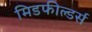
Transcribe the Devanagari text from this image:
मिडफील्‍डर्स